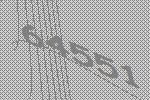
64551